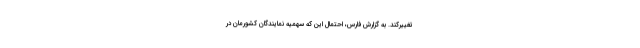
تغییرکند. به گزارش فارس، احتمال این که سهمیه نمایندگان کشورمان در